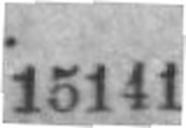
15141